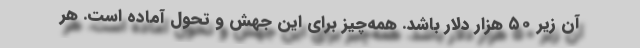
آن زیر ۵۰ هزار دلار باشد. همه‌چیز برای این جهش و تحول آماده است. هر